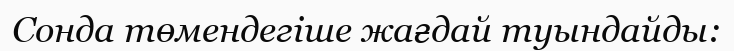
Сонда төмендегіше жағдай туындайды: